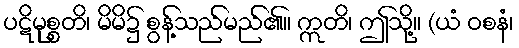
ပဋိမုစ္စတိ၊ မိမိ၌ စွန့်သည်မည်၏။ ဣတိ၊ ဤသို့။ (ယံ ဝစနံ၊